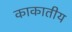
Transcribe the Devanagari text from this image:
काकातीय